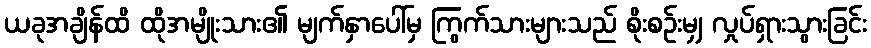
ယခုအချိန်ထိ ထိုအမျိုးသား၏ မျက်နှာပေါ်မှ ကြွက်သားများသည် စိုးစဉ်းမျှ လှုပ်ရှားသွားခြင်း